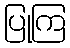
ပြုကြ